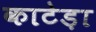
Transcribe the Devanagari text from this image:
काटेड़ा